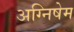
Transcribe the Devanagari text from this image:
अग्निषेम